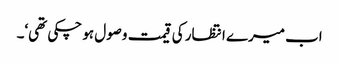
اب میرے انتظار کی قیمت وصول ہو چکی تھی‘۔